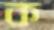
ক